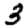
Digit: 3